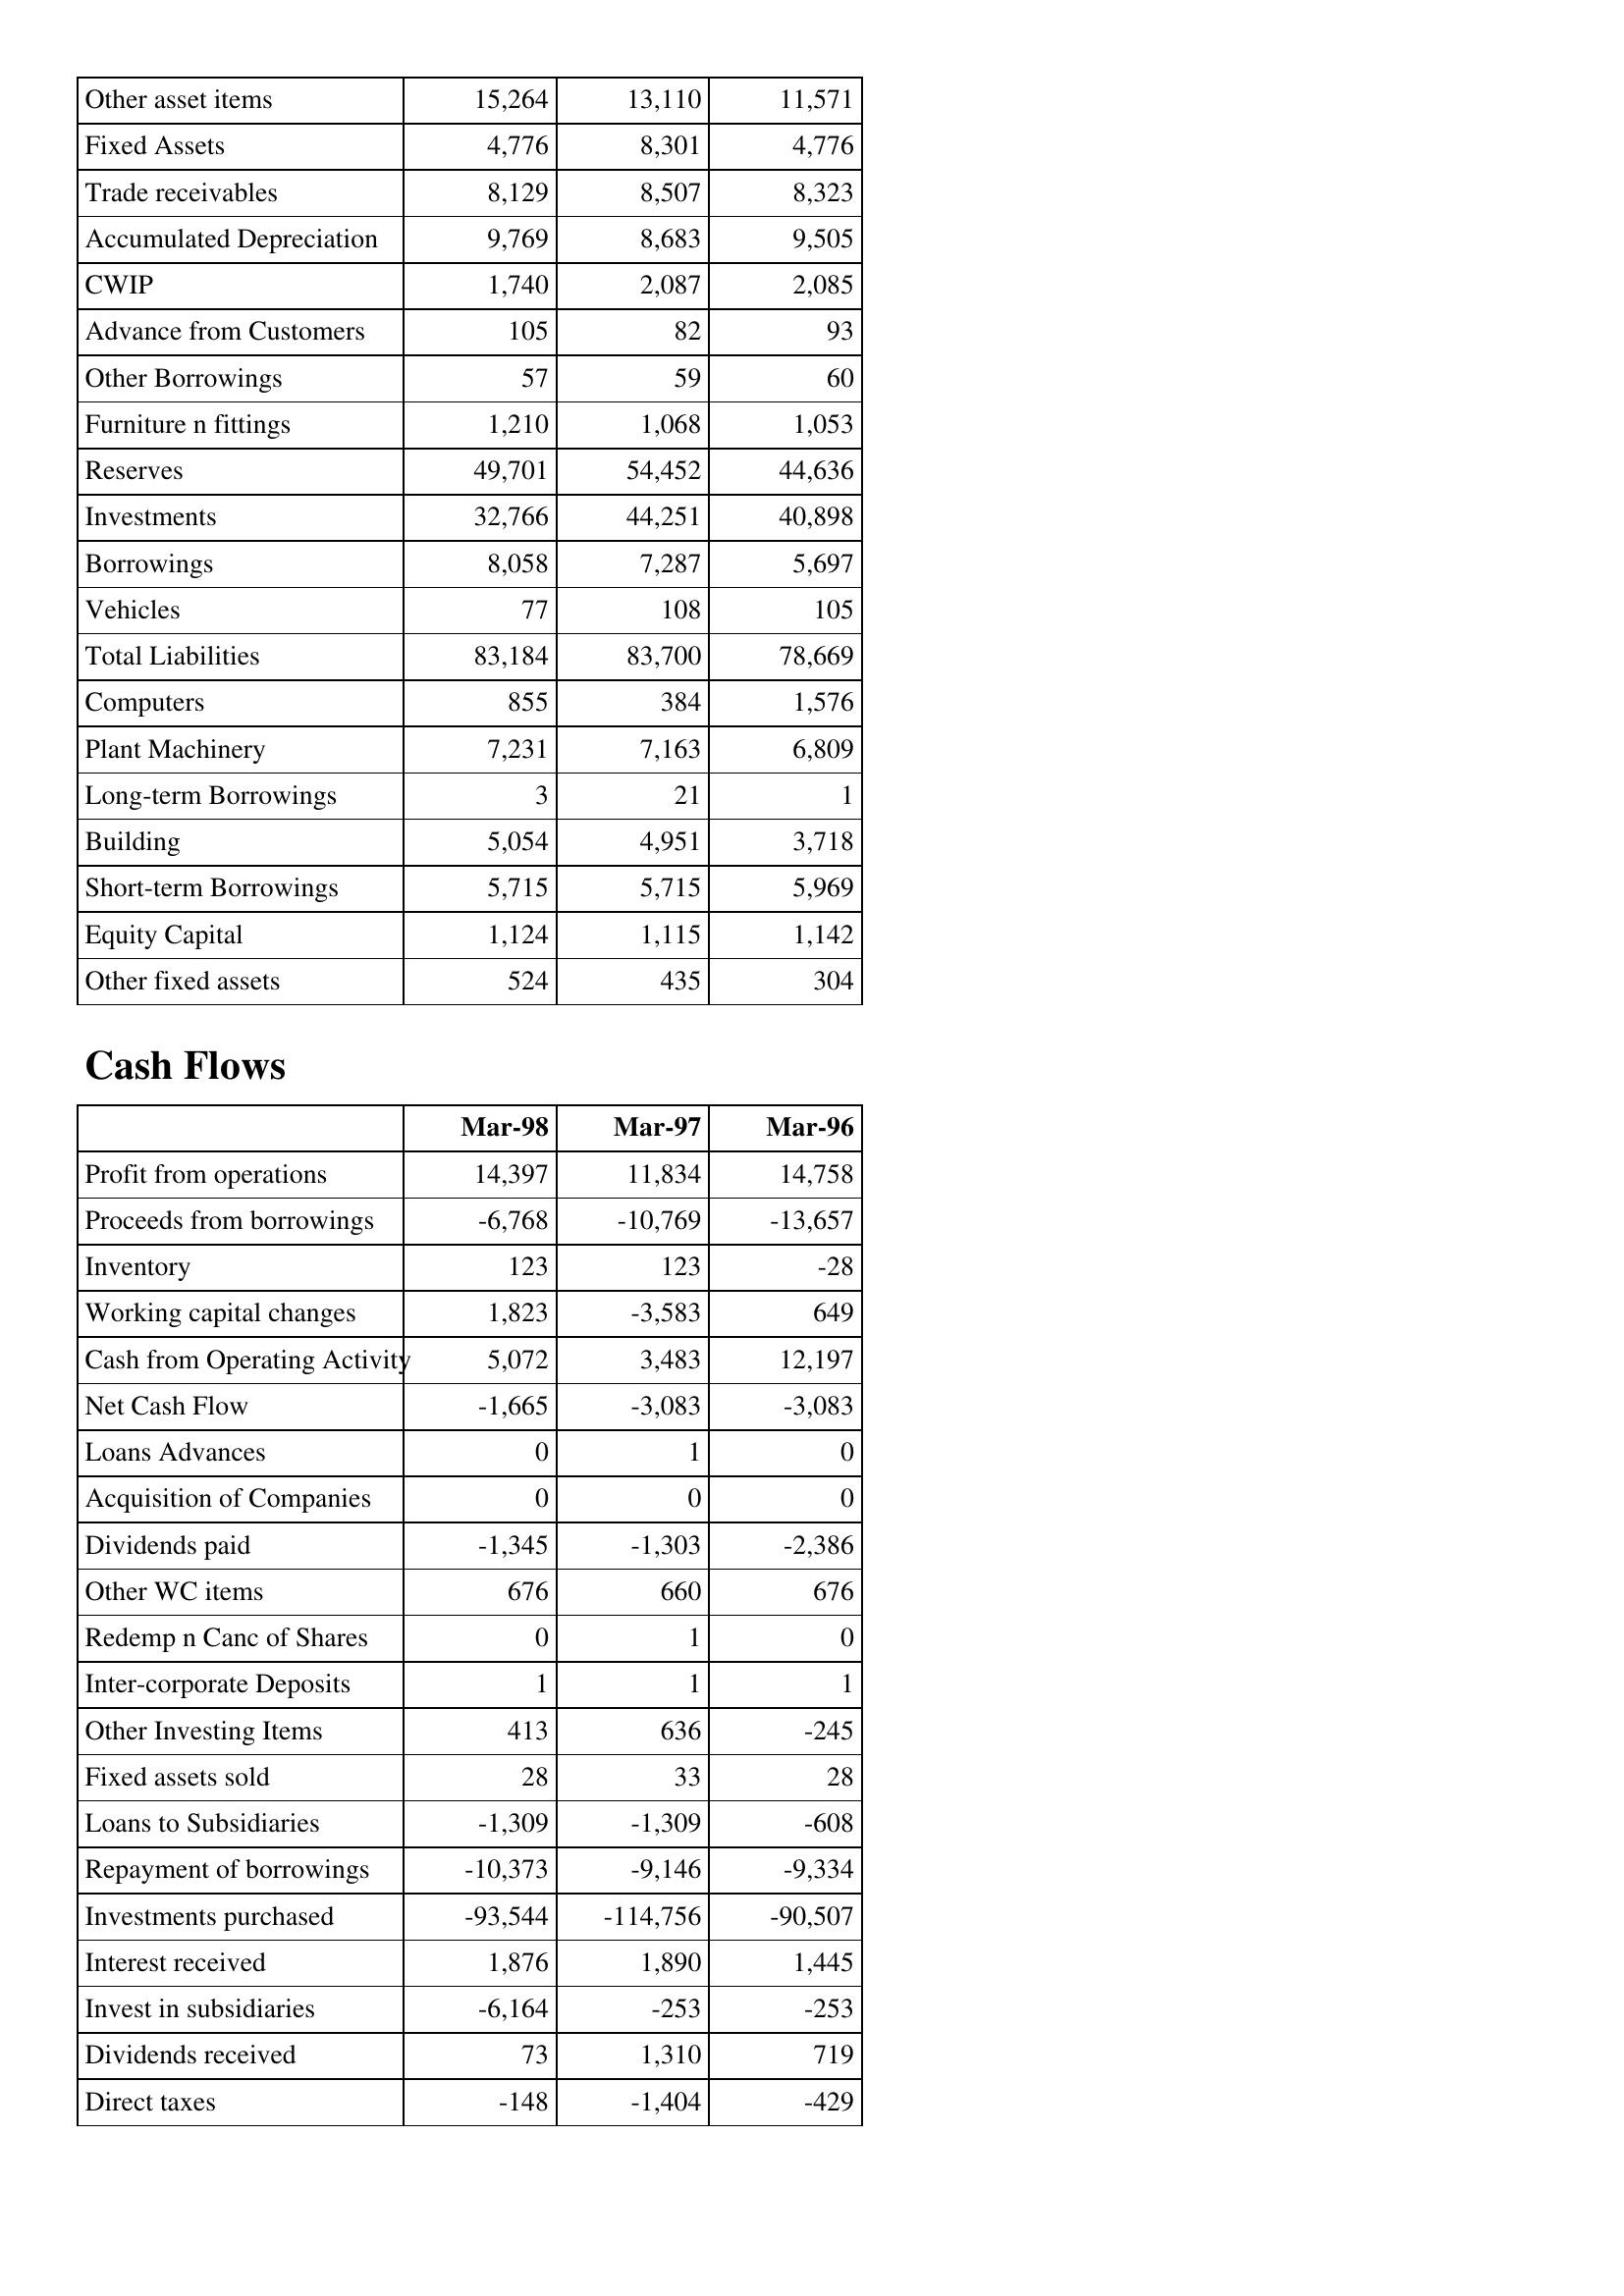
Mar-98: Balance Sheet: Other asset items: 15,264
Fixed Assets: 4,776
Trade receivables: 8,129
Accumulated Depreciation: 9,769
CWIP: 1,740
Advance from Customers: 105
Other Borrowings: 57
Furniture n fittings: 1,210
Reserves: 49,701
Investments: 32,766
Borrowings: 8,058
Vehicles: 77
Total Liabilities: 83,184
Computers: 855
Plant Machinery: 7,231
Long-term Borrowings: 3
Building: 5,054
Short-term Borrowings: 5,715
Equity Capital: 1,124
Other fixed assets: 524
Cash Flows: Profit from operations: 14,397
Proceeds from borrowings: -6,768
Inventory: 123
Working capital changes: 1,823
Cash from Operating Activity: 5,072
Net Cash Flow: -1,665
Loans Advances: 0
Acquisition of Companies: 0
Dividends paid: -1,345
Other WC items: 676
Redemp n Canc of Shares: 0
Inter-corporate Deposits: 1
Other Investing Items: 413
Fixed assets sold: 28
Loans to Subsidiaries: -1,309
Repayment of borrowings: -10,373
Investments purchased: -93,544
Interest received: 1,876
Invest in subsidiaries: -6,164
Dividends received: 73
Direct taxes: -148
Mar-97: Balance Sheet: Other asset items: 13,110
Fixed Assets: 8,301
Trade receivables: 8,507
Accumulated Depreciation: 8,683
CWIP: 2,087
Advance from Customers: 82
Other Borrowings: 59
Furniture n fittings: 1,068
Reserves: 54,452
Investments: 44,251
Borrowings: 7,287
Vehicles: 108
Total Liabilities: 83,700
Computers: 384
Plant Machinery: 7,163
Long-term Borrowings: 21
Building: 4,951
Short-term Borrowings: 5,715
Equity Capital: 1,115
Other fixed assets: 435
Cash Flows: Profit from operations: 11,834
Proceeds from borrowings: -10,769
Inventory: 123
Working capital changes: -3,583
Cash from Operating Activity: 3,483
Net Cash Flow: -3,083
Loans Advances: 1
Acquisition of Companies: 0
Dividends paid: -1,303
Other WC items: 660
Redemp n Canc of Shares: 1
Inter-corporate Deposits: 1
Other Investing Items: 636
Fixed assets sold: 33
Loans to Subsidiaries: -1,309
Repayment of borrowings: -9,146
Investments purchased: -114,756
Interest received: 1,890
Invest in subsidiaries: -253
Dividends received: 1,310
Direct taxes: -1,404
Mar-96: Balance Sheet: Other asset items: 11,571
Fixed Assets: 4,776
Trade receivables: 8,323
Accumulated Depreciation: 9,505
CWIP: 2,085
Advance from Customers: 93
Other Borrowings: 60
Furniture n fittings: 1,053
Reserves: 44,636
Investments: 40,898
Borrowings: 5,697
Vehicles: 105
Total Liabilities: 78,669
Computers: 1,576
Plant Machinery: 6,809
Long-term Borrowings: 1
Building: 3,718
Short-term Borrowings: 5,969
Equity Capital: 1,142
Other fixed assets: 304
Cash Flows: Profit from operations: 14,758
Proceeds from borrowings: -13,657
Inventory: -28
Working capital changes: 649
Cash from Operating Activity: 12,197
Net Cash Flow: -3,083
Loans Advances: 0
Acquisition of Companies: 0
Dividends paid: -2,386
Other WC items: 676
Redemp n Canc of Shares: 0
Inter-corporate Deposits: 1
Other Investing Items: -245
Fixed assets sold: 28
Loans to Subsidiaries: -608
Repayment of borrowings: -9,334
Investments purchased: -90,507
Interest received: 1,445
Invest in subsidiaries: -253
Dividends received: 719
Direct taxes: -429